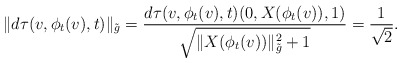
\begin{align*} \|d\tau(v,\phi_t(v),t)\|_{\tilde g} = \frac{d\tau(v,\phi_t(v),t)(0,X(\phi_t(v)),1)} {\sqrt{\|X(\phi_t(v))\|_{\tilde g}^2+1}} = \frac1{\sqrt2}.\end{align*}